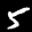
Label: 5